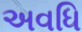
અવધિ